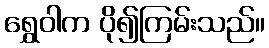
ရွှေဝါက ပို၍ကြမ်းသည်။